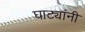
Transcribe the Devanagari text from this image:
घाट्यांनी